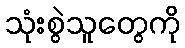
သုံးစွဲသူတွေကို